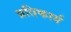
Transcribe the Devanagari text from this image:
प्रतिकार्य